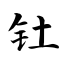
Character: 钍